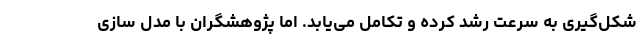
شکل‌گیری به سرعت رشد کرده و تکامل می‌یابد. اما پژوهشگران با مدل سازی